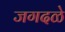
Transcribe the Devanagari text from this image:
जगदळे